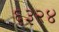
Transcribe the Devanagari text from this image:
६३२४